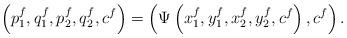
LaTeX: \begin{align*} \left(p_1^f, q_1^f,p_2^f,q_2^f, c^f\right)=\left(\Psi\left(x_1^f,y_1^f,x_2^f,y_2^f, c^f\right), c^f\right).\end{align*}